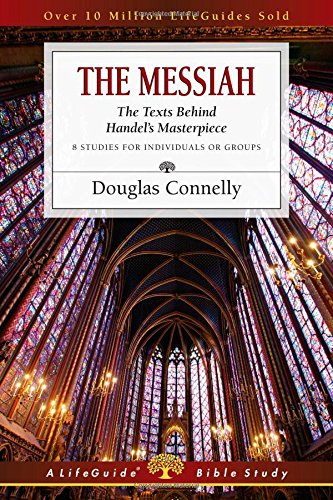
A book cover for The Messiah: The Texts Behind Handel's Masterpiece (Lifeguide Bible Studies); Douglas Connelly; Christian Books & Bibles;